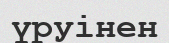
үруінен